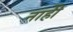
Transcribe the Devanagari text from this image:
नाहीे